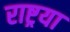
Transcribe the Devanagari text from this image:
राष्ट्रया